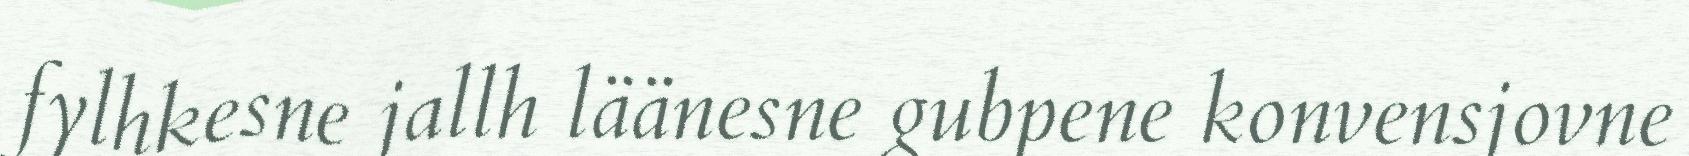
fylhkesne jallh läänesne gubpene konvensjovne